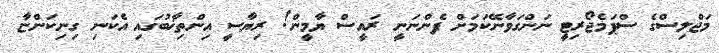
މަޖްލިސްގެ ސްޕަމެޖޯރިޓީ ނަންގަވާނޭކަމަށް ފެންނަނީ ރައީސް ޔާމީން! ރިޔާސީ އިންތިޚާބުގައި އެކަނި ގިނިކަންޏާ